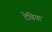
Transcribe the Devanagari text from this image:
टेविया